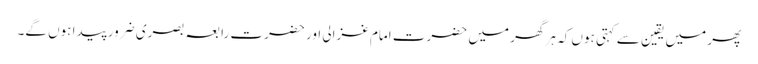
پھر میں یقین سے کہتی ہوں کہ ہر گھر میں حضرت امام غزالی اور حضرت رابعہ بصری ضرور پیدا ہوں گے۔